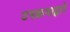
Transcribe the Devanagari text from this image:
उपक्रमाद्वारे